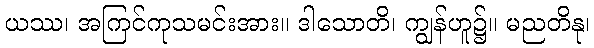
ယဿ၊ အကြင်ကုသမင်းအား။ ဒါသောတိ၊ ကျွန်ဟူ၌။ မညတိနု၊